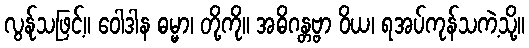
လွန်ုသဖြင့်။ ဝေါဒါန ဓမ္မာ၊ တို့ကို။ အဓိဂန္တဗ္ဗာ ဝိယ၊ ရအပ်ကုန်သကဲ့သို့။